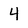
Character: 4